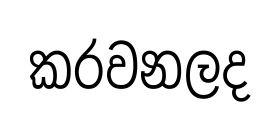
කරවනලද